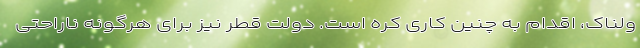
ولناک، اقدام به چنین کاری کره است. دولت قطر نیز برای هرگونه ناراحتی